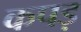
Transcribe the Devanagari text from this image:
कपड़